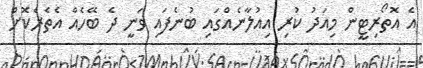
އެ އޮތޯރިޓީން މިއަދު ކުރި އިއުލާނެއްގައި ބުނެފައި ވަނީ ދެ ބޭހެއް އެތެރެކޮށް